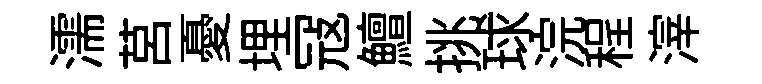
濡莒憂埋冦鱣挑球浣程滓